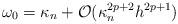
LaTeX: \begin{align*}\omega_{0} = \kappa_n + \mathcal{O}(\kappa_n^{2p+2}h^{2p+1})\end{align*}